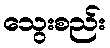
သွေးစည်း